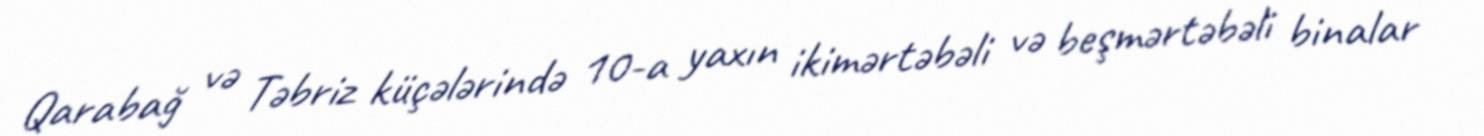
Qarabağ və Təbriz küçələrində 10-a yaxın ikimərtəbəli və beşmərtəbəli binalar